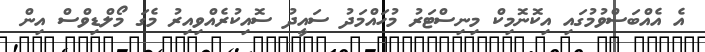
އެ އެއްބަސްވުމުގައި އިކޮނޮމިކް މިނިސްޓަރު މުހައްމަދު ސައީދު ސޮއިކުރެއްވިއިރު މެގަ މޯލްޑިވްސް އިން